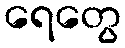
ရေတွေ